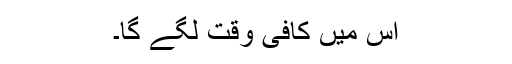
اس میں کافی وقت لگے گا۔